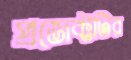
প্রজেক্টটির